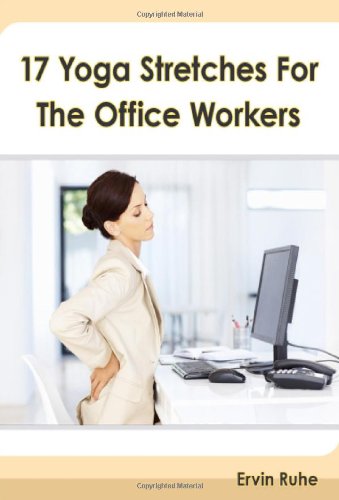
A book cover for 17 Yoga Stretches For The Office Workers: Is Your Office Job Slowly Killing Your Body?!; Mr. Ervin Ruhe Jr.; Health, Fitness & Dieting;